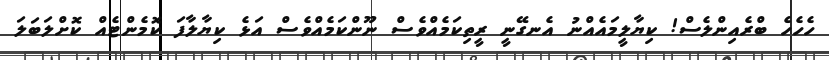
ހެހެހެ ބްރެއިންލެސް! ކިޔާލީމައެއްނު އެނގޭނީ ރީތިކަމެއްވެސް ނޫންކަމެއްވެސް އަޅެ ކިޔާލާފަ ކޮމެންޓެއް ކޮށްލަބަލަ